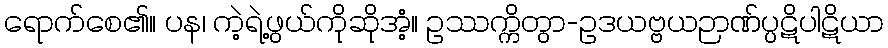
ရောက်စေ၏။ ပန၊ ကဲ့ရဲ့ဖွယ်ကိုဆိုအံ့။ ဥဿက္ကိတွာ-ဥဒယဗ္ဗယဉာဏ်ပ္ပဋိပါဋိယာ